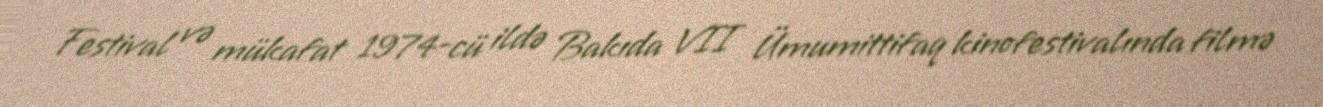
Festival və mükafat 1974-cü ildə Bakıda VII Ümumittifaq kinofestivalında filmə